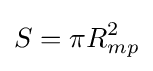
S=\pi R_{mp}^{2}